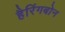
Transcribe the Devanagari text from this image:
हैरिंगबोन